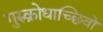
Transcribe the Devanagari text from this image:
गुरुक्रोधाच्छिवो